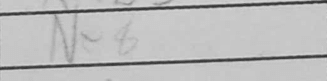
Transcription: Ne8